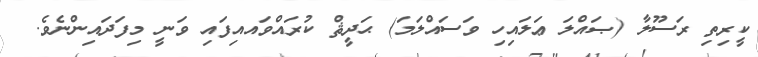
ކީރިތި ރަސޫލާ (ޞައްލަ ޢަލައިހި ވަސައްލަމަ) ޙަދީޘް ކުރައްވައއިފައި ވަނީ މިފަދައިންނެވެ.